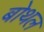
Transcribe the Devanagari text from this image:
बोथल